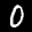
Label: 0